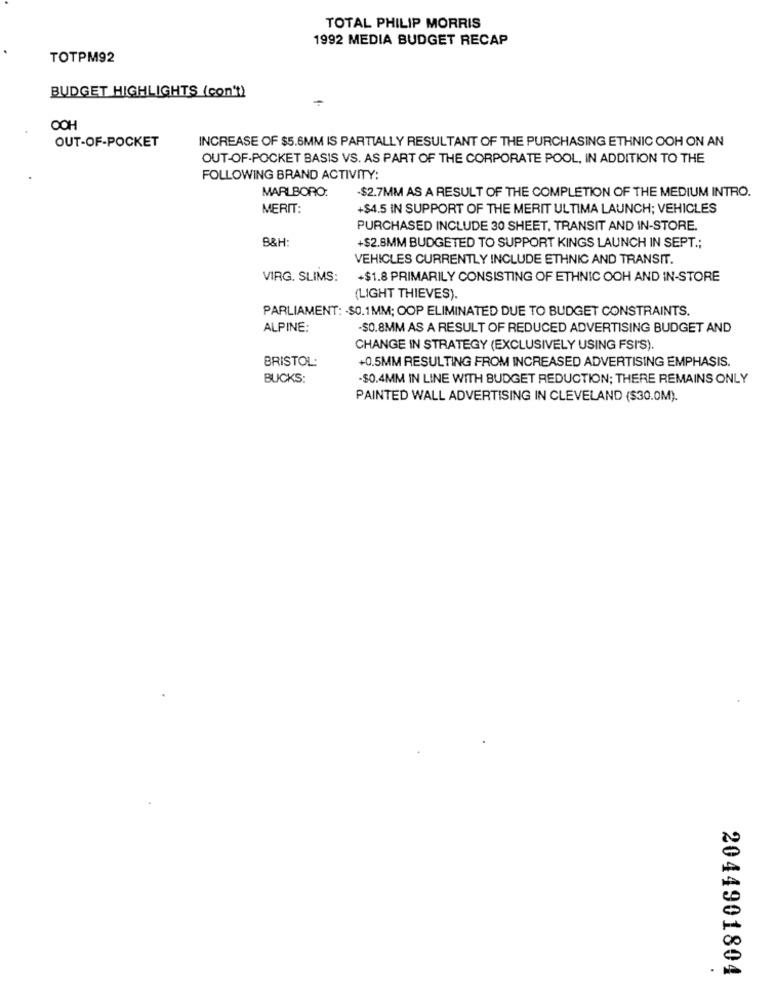
TOTAL PHILIP MORRIS
1992 MEDIA BUDGET RECAP
TOTPM92
BUDGET HIGHLIGHTS (con't)
-
OOH
OUT-OF-POCKET
INCREASE OF $5.6MM IS PARTIALLY RESULTANT OF THE PURCHASING ETHNIC OOH ON AN
OUT-OF-POCKET BASIS VS. AS PART OF THE CORPORATE POOL, IN ADDITION TO THE
FOLLOWING BRAND ACTIVITY:
MARLBORO:
-$2.7MM AS A RESULT OF THE COMPLETION OF THE MEDIUM INTRO.
MERIT:
+$4.5 IN SUPPORT OF THE MERIT ULTIMA LAUNCH; VEHICLES
PURCHASED INCLUDE 30 SHEET, TRANSIT AND IN-STORE.
B&H :
+$2.8MM BUDGETED TO SUPPORT KINGS LAUNCH IN SEPT .;
VEHICLES CURRENTLY INCLUDE ETHNIC AND TRANSIT.
VIRG. SLIMS:
+$1.8 PRIMARILY CONSISTING OF ETHNIC OOH AND IN-STORE
(LIGHT THIEVES).
PARLIAMENT: - $0.1MM; OOP ELIMINATED DUE TO BUDGET CONSTRAINTS.
ALPINE:
-$0.8MM AS A RESULT OF REDUCED ADVERTISING BUDGET AND
CHANGE IN STRATEGY (EXCLUSIVELY USING FSI'S).
+0.5MM RESULTING FROM INCREASED ADVERTISING EMPHASIS.
BRISTOL:
BUCKS:
-$0.4MM IN LINE WITH BUDGET REDUCTION; THERE REMAINS ONLY
PAINTED WALL ADVERTISING IN CLEVELAND ($30.0M).
.
2044901804